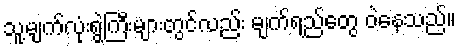
သူ့မျက်လုံးရွဲကြီးများတွင်လည်း မျက်ရည်တွေ ဝဲနေသည်။